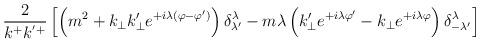
LaTeX: \begin{align*}\hspace{-1cm}\frac{2}{k^+k^{'+}}\left[\left(m^2+k_{\perp}k'_{\perp}e^{+i\lambda(\varphi-\varphi')}\right)\delta^{\lambda}_{\lambda'}-m\lambda\left(k'_{\perp}e^{+i\lambda \varphi'}-k_{\perp} e^{+i\lambda\varphi}\right)\delta^{\lambda}_{-\lambda'}\right]\end{align*}